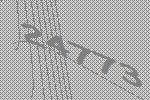
24773